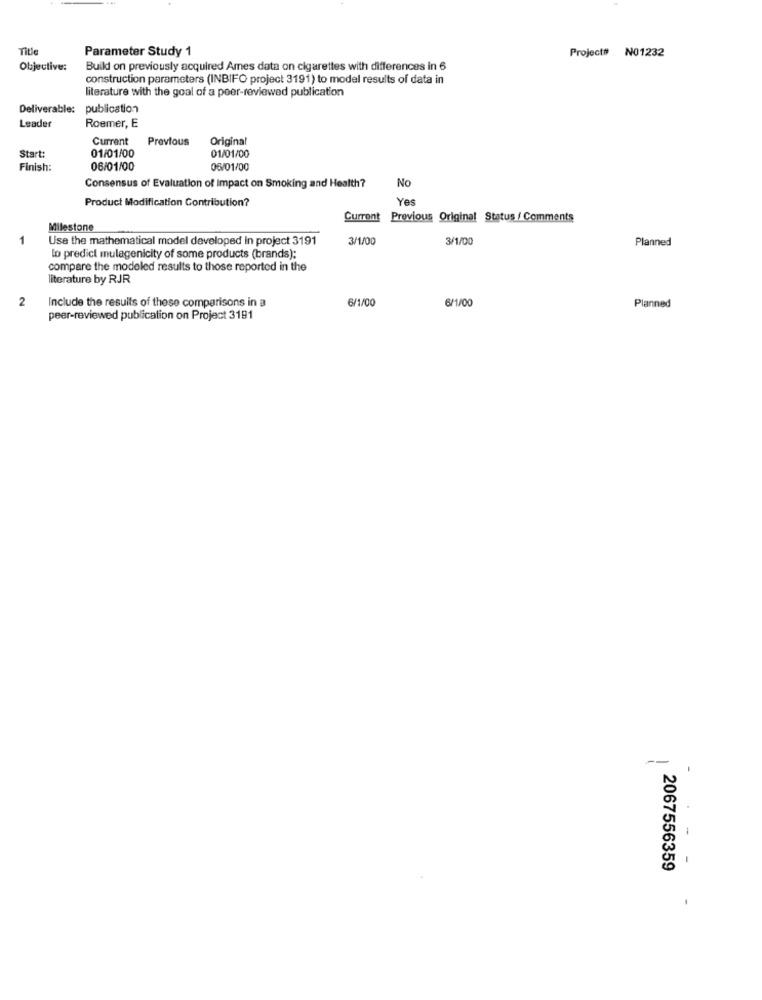
Title
Parameter Study 1
Project# N01232
Objective:
Build on previously acquired Ames data on cigarettes with differences in 6
construction parameters (INBIFO project 3191) to model results of data in
literature with the goal of a peer-reviewed publication
Deliverable:
publication
Roemer, E
Leader
Current
Previous
Original
01/01/00
Start:
01/01/00
Finish:
06/01/00
06/01/00
No
Consensus of Evaluation of Impact on Smoking and Health?
Product Modification Contribution?
Yes
Current
Previous Original Status / Comments
Milestone
1
Use the mathematical model developed in project 3191
3/1/00
3/1/00
Planned
to predict mulagenicity of some products (brands);
compare the modeled results to those reported in the
literature by RJR
2
Include the results of these comparisons in a
6/1/00
Planned
peer-reviewed publication on Project 3191
--
2067556359